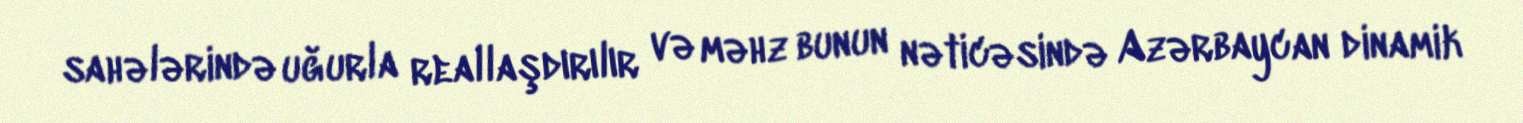
sahələrində uğurla reallaşdırılır və məhz bunun nəticəsində Azərbaycan dinamik